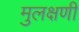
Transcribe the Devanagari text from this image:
मुलक्षणी